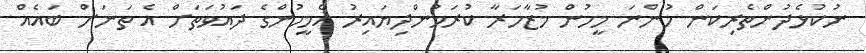
ނުކުޅެދުންތެރިކަން ހުންނަ މީހުން މުޒާހަރާ ކުރަމުންދިޔައިރު އެމީހުންގެ ދައުވަތަށް އެ ތަނަށް ބައެއް